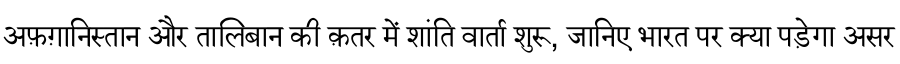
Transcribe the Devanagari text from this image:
अफ़ग़ानिस्तान और तालिबान की क़तर में शांति वार्ता शुरू, जानिए भारत पर क्या पड़ेगा असर